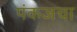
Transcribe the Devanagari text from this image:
पंकजचा